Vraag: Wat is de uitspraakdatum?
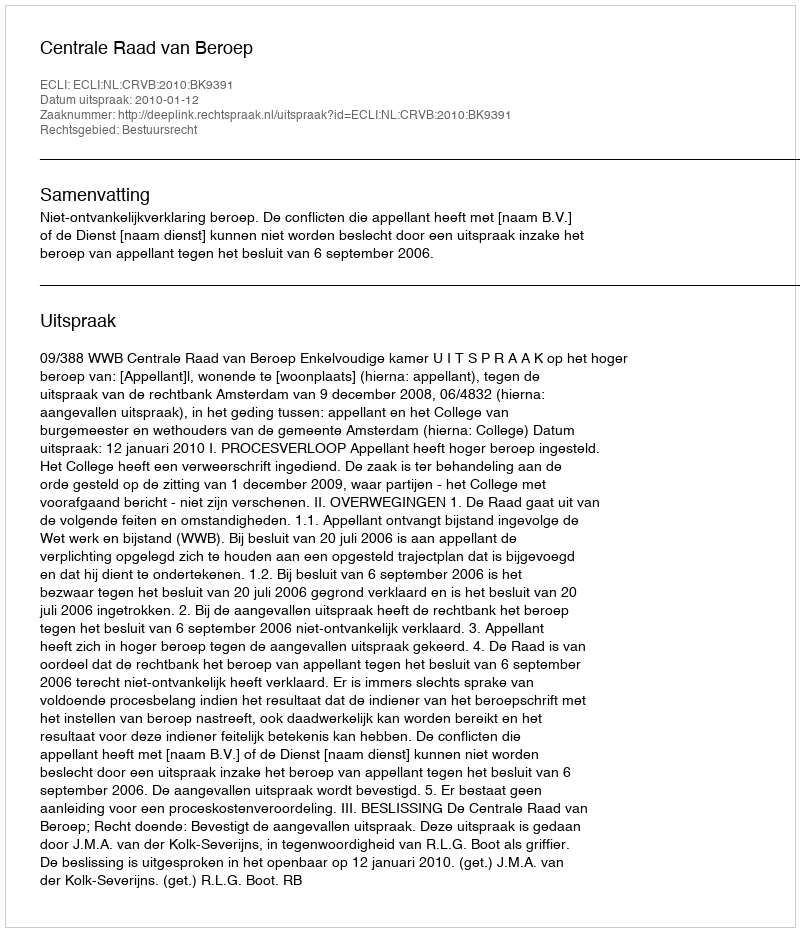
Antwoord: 2010-01-12